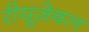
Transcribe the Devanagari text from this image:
रीयूज़ेबल